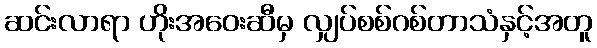
ဆင်းလာရာ ဟိုးအဝေးဆီမှ လျှပ်စစ်ဂစ်တာသံနှင့်အတူ